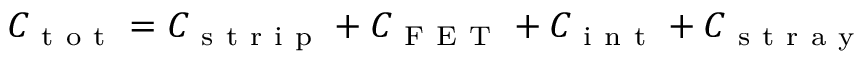
C _ { \mathrm { ~ t ~ o ~ t ~ } } = C _ { \mathrm { ~ s ~ t ~ r ~ i ~ p ~ } } + C _ { \mathrm { ~ F ~ E ~ T ~ } } + C _ { \mathrm { ~ i ~ n ~ t ~ } } + C _ { \mathrm { ~ s ~ t ~ r ~ a ~ y ~ } }